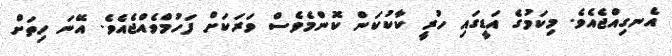
އެނގިއްޖެއެވެ. މިކަމުގެ އަޑީގައި ހުރީ ކާކުކަން ކޮންމެވެސް ވަރަކަށް ފަހުމްވެއްޖެއެވެ. އޭނަ ހިތަށް